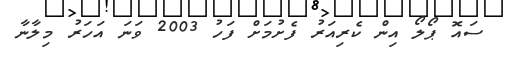
ސައޮ ޕޯލޯ އިން ކެރިއަރު ފެށުމަށް ފަހު 2003 ވަނަ އަހަރު މިލާނާ